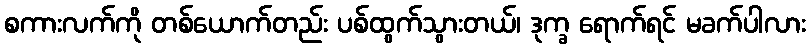
စကားလက်ကို တစ်ယောက်တည်း ပစ်ထွက်သွားတယ်၊ ဒုက္ခ ရောက်ရင် မခက်ပါလား